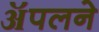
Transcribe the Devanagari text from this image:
ॲपलने